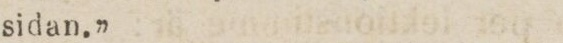
sidan.”